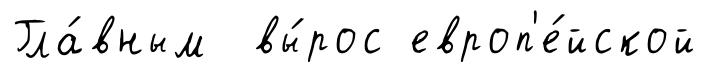
Гла́вным вы́рос европ'е́йской